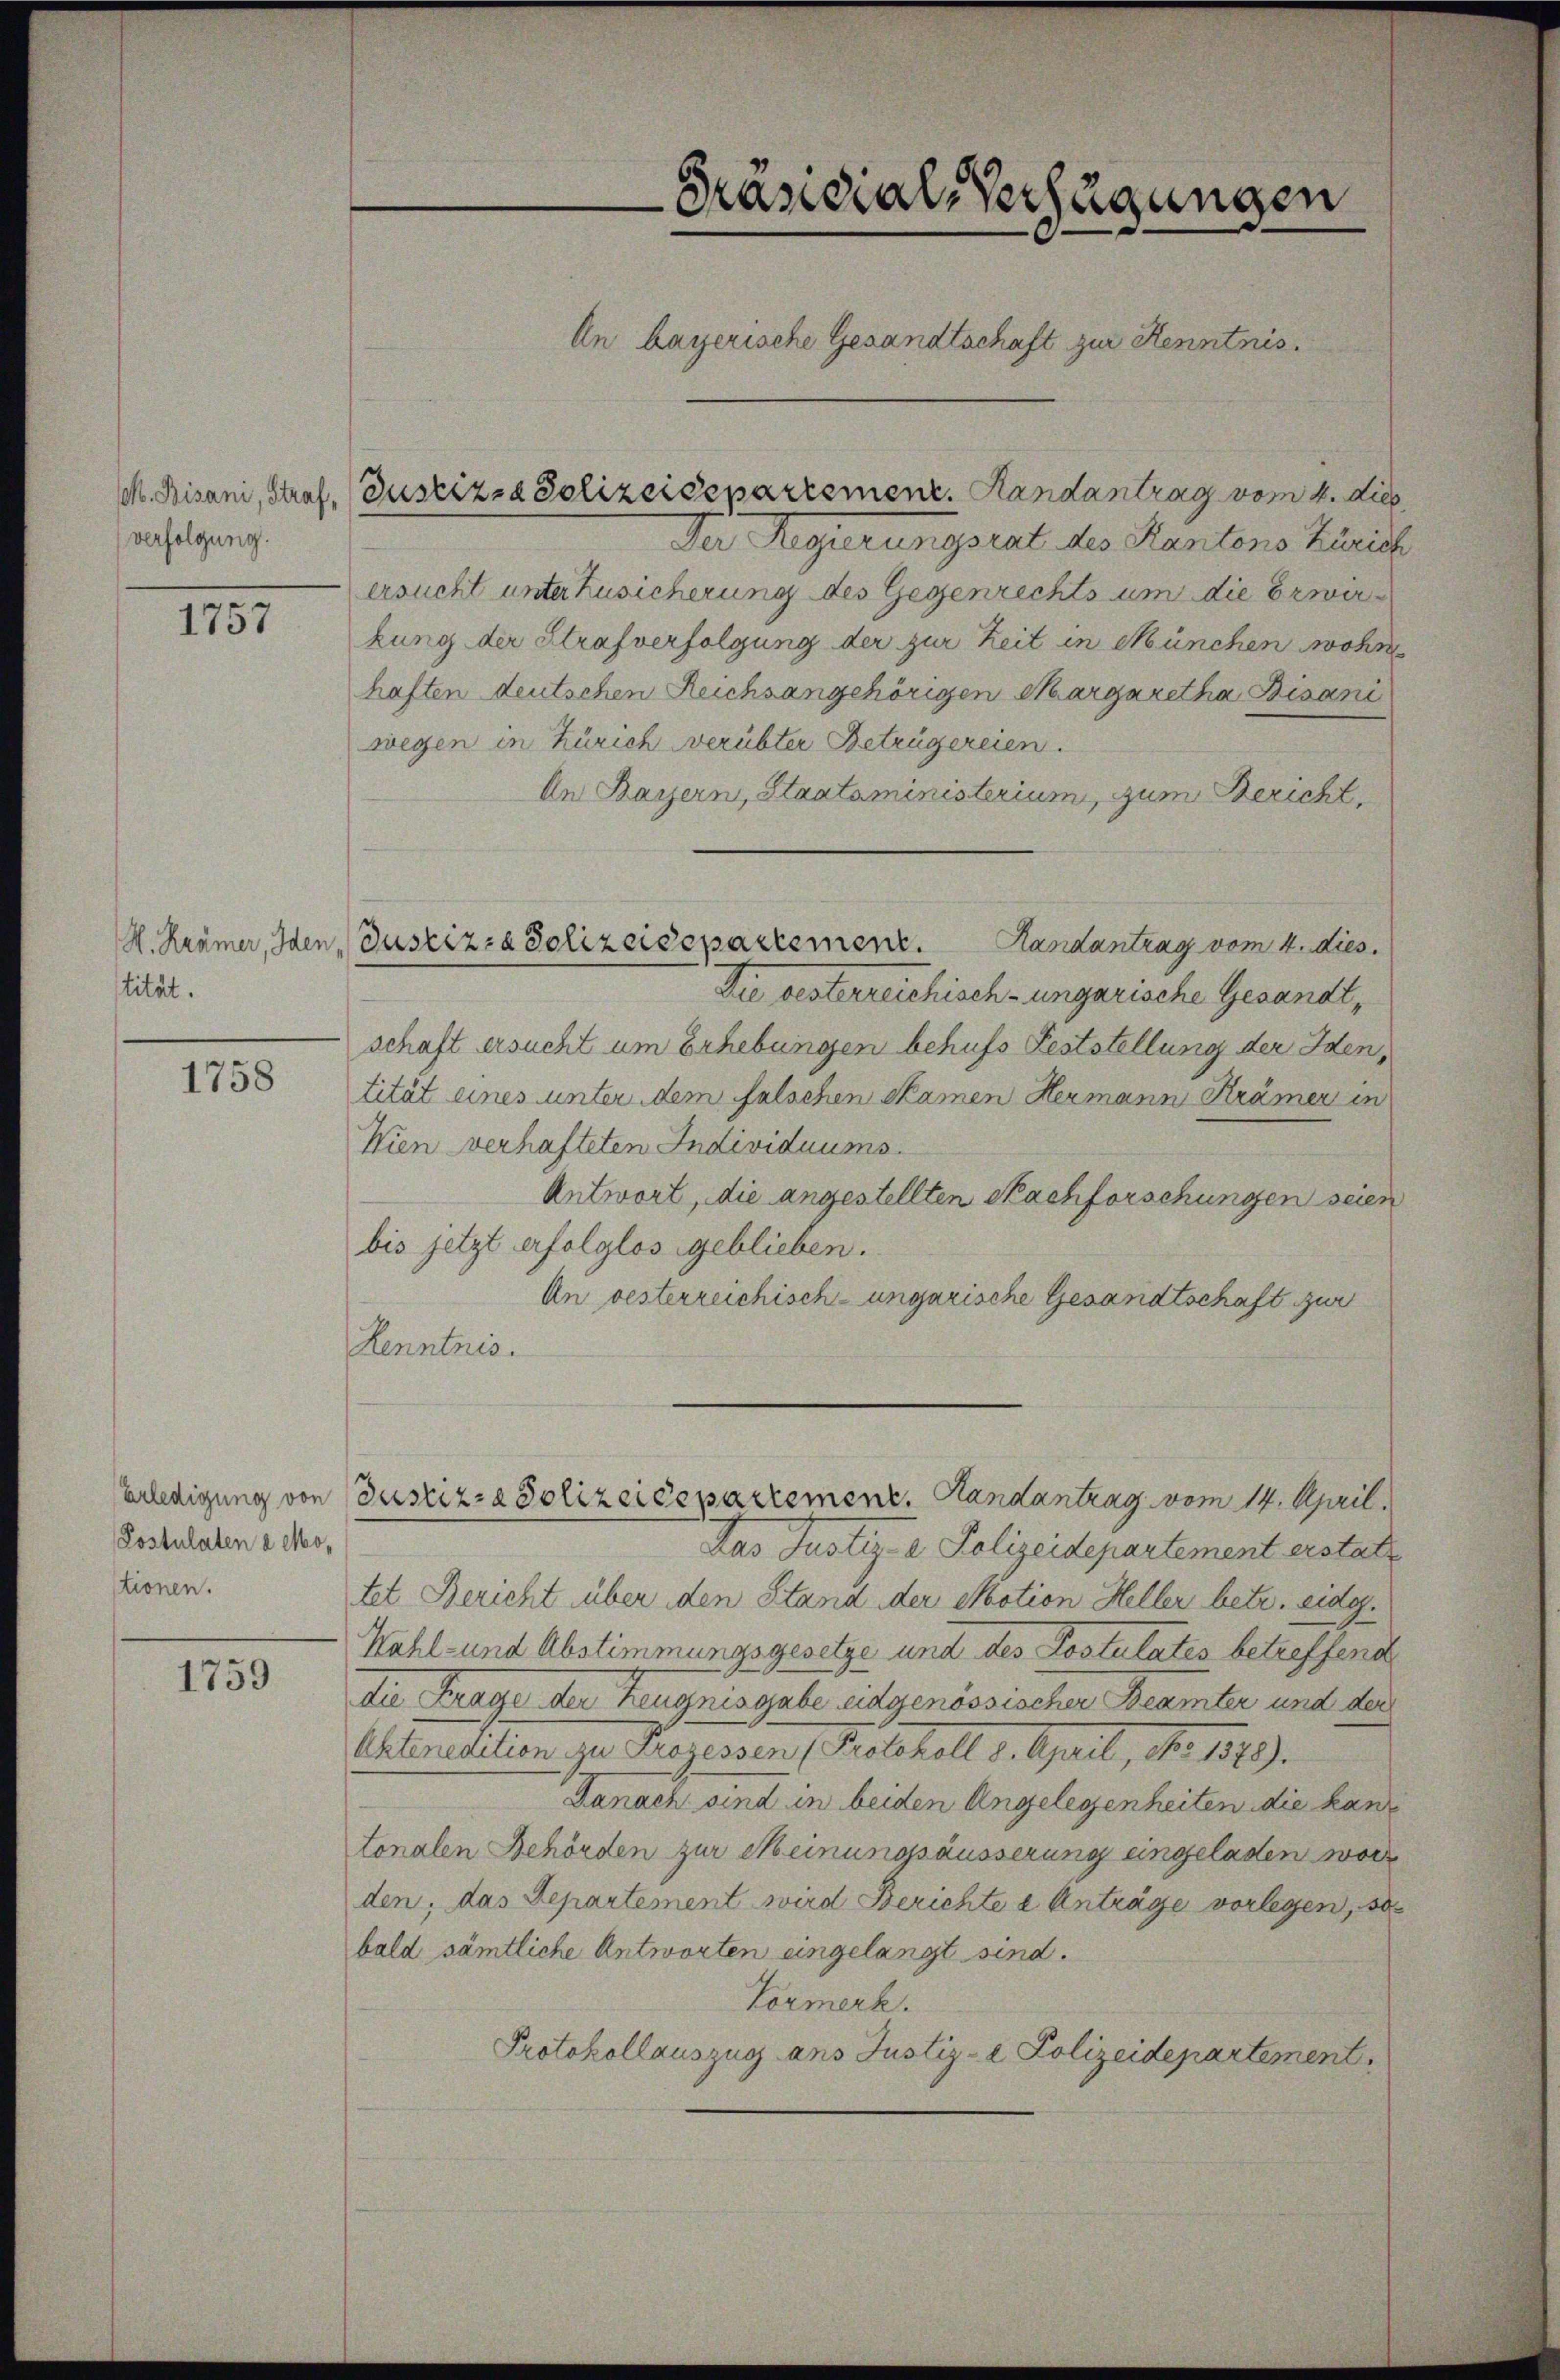
M. Bisani, Straf,
verfolgung.

1755

tität.

1758

Erledigung von
Postulaten 2 Mostionen.

1759

Justiz- & Polizeisepartement. Handantrag vom 4. dies
Der Regierungsrat des Kantons Zürich
ersucht unter Zusicherung des Gegenrechts um die Erwirkung der Strafverfolgung der zur Zeit in München wohn
haften deutschen Reichsangehörigen Margaretha Bisani
wegen in Zürich verübter Betrügereien.
An Bayern, Staataministerium, zum Bericht,
Die besterreichisch-ungarische Gesandt,
schaft ersucht um Erhebungen behufs Feststellung der Iden,
tität eines unter dem falschen Skamen Hermann Krämer in
Wien verhafteten Individuums.
Antwort, die angestellten Nachforschungen seien
bis jetzt erfolglos geblieben.
An oesterreichisch-ungarische Gesandtschaft zur
Kenntnis.
Justiz- & Polizeidepartement. Handantrag vom 14. April.
Das Justiz- & Polizeidepartement erstatt
tet Bericht über den Stand der Motion Heller betr. eidg.
Wahl- und Abstimmungsgesetze und des Postulates betreffend
Die Frage der Zeugnisgabe eidgenössischer Beamter und der
Atemnotition zu Prozessen (Kotikel 1. April, No. 1819.
Danach sind in beiden Angelegenheiten die kantonalen Behörden zur Meinungsäusserung eingeladen wor
den; das Departement wird Berichte e Anträge vorlegen, so
bald sämtliche Antworten eingelangt sind.
Vormerk.
Protokollauszug ans Justiz- & Polizeidepartement,

H. Krämer, Iden Justiz- & Polizeidepartement. Handantrag vom 4. dies

Präsidial-Verfügungen
An bayerische Gesandtschaft zur Kenntnis.